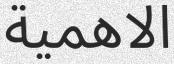
الاھمية